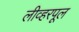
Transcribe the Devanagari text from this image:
लीव्हरपूल